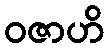
ဝဇာဟိ